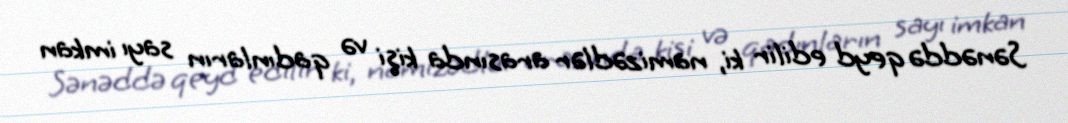
Sənəddə qeyd edilir ki, namizədlər arasında kişi və qadınların sayı imkan